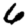
Digit: 6